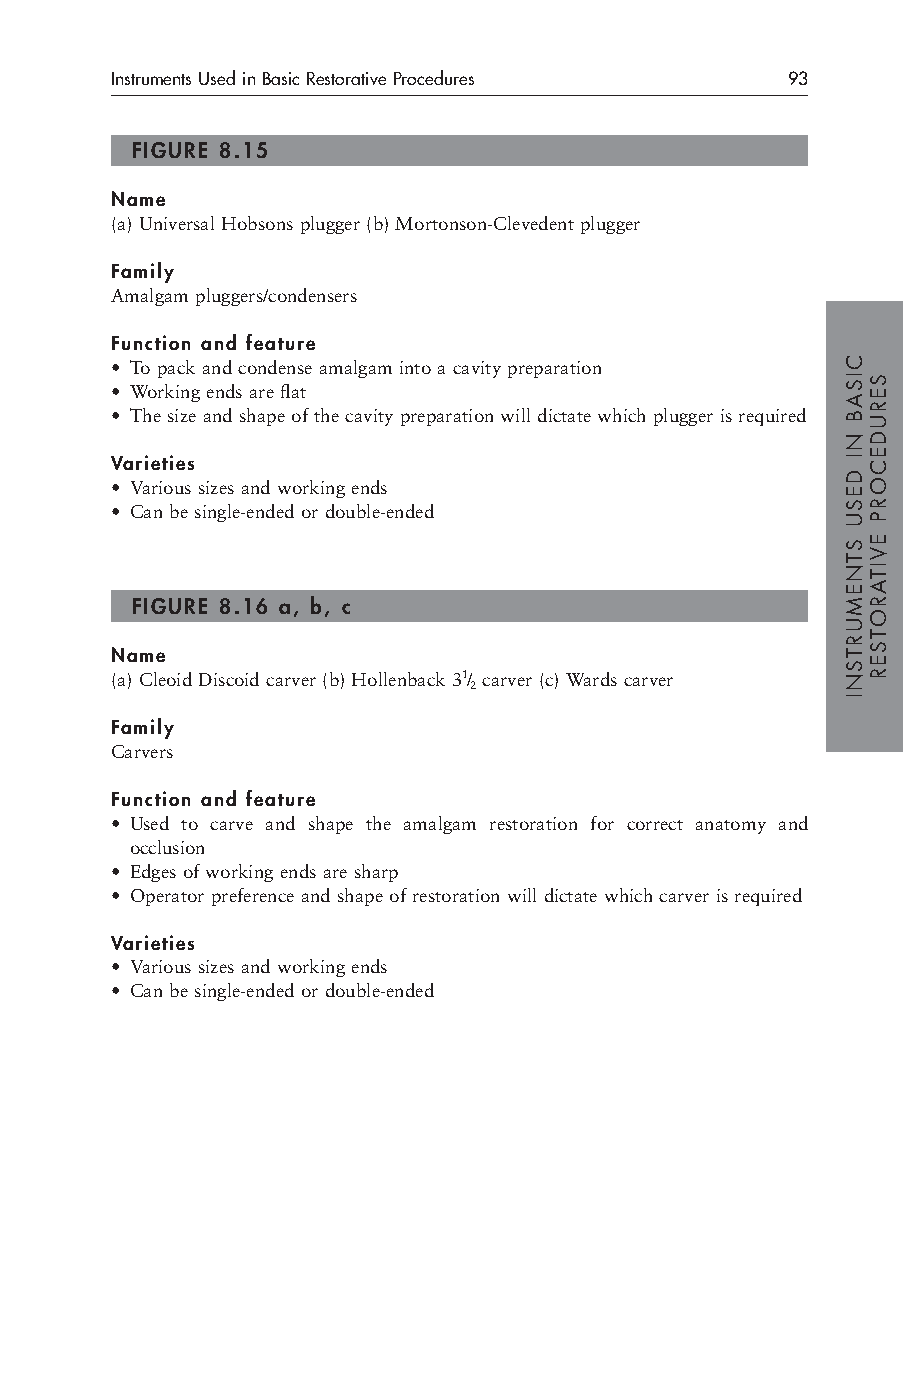
Instruments Used in Basic Restorative Procedures 93
 FIGURE 8.15
 Name
 (a) Universal Hobsons plugger (b) Mortonson-Clevedent plugger
 Family
 Amalgam pluggers/condensers
 Function and feature
 • To pack and condense amalgam into a cavity preparation
 • Working ends are flat
 • The size and shape of the cavity preparation will dictate which plugger is required
 Varieties
 • Various sizes and working ends
 • Can be single-ended or double-ended
 FIGURE 8.16 a, b, c
 Name
 (a) Cleoid Discoid carver (b) Hollenback 31/ carver (c) Wards carver
 2
 Family
 Carvers
 Function and feature
 • Used to carve and shape the amalgam restoration for correct anatomy and
 occlusion
 • Edges of working ends are sharp
 • Operator preference and shape of restoration will dictate which carver is required
 Varieties
 • Various sizes and working ends
 • Can be single-ended or double-ended
 CISAB
 NI
 DESU
 STNEMURTSNI
 SERUDECORP
 EVITAROTSER